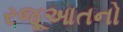
રજૂઆતનો